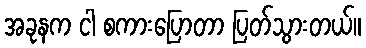
အခုနက ငါ စကားပြောတာ ပြတ်သွားတယ်။